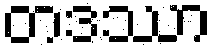
တဒဿာ